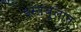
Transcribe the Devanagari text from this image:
इस्तंबूलात